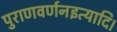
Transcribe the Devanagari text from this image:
पुराणवर्णनइत्यादि।